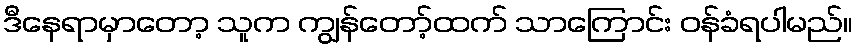
ဒီနေရာမှာတော့ သူက ကျွန်တော့်ထက် သာကြောင်း ဝန်ခံရပါမည်။